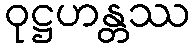
ဝုဋ္ဌဟန္တဿ